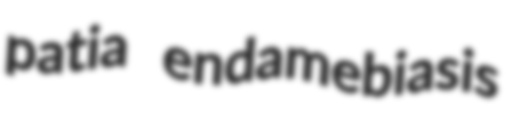
patia endamebiasis